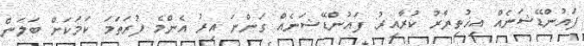
ފައުންޑޭޝަނެއް އިޚުތިޔާރު ކުރާއިރު: ފައުންޑޭޝަނެއް ގަންނަ އިރު އެންމެ ފުރަތަމަ ކަމަކަށް ބަލަން